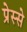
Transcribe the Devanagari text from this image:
प्रेस्से